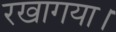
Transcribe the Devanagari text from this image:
रखागया।